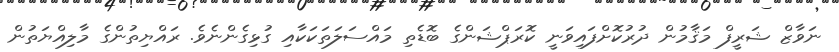
ނަވާޒް ޝަރީފް މަޤާމުން ދުރުކޮށްފައިވަނީ ކޮރަޕްޝަންގެ ބޮޑެތި މައްސަލަތަކަކާއި ގުޅިގެންނެވެ. ރައްޔިތުންގެ މާލިއްޔަތުން